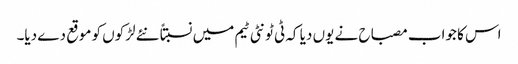
اس کا جواب مصباح نے یوں دیا کہ ٹی ٹونٹی ٹیم میں نسبتاً نئے لڑکوں کو موقع دے دیا۔